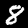
Digit: 8